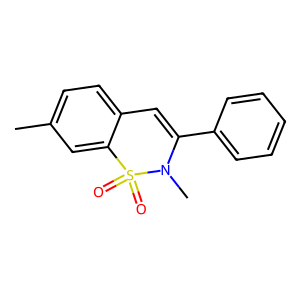
SMILES: Cc1ccc2c(c1)S(=O)(=O)N(C)C(c1ccccc1)=C2
Inhibits HIV replication: No